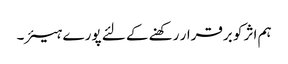
ہم اثر کو برقرار رکھنے کے لئے پورے ہیئر۔